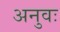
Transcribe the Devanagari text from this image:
अनुवः